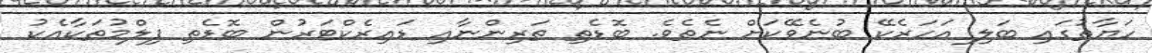
ހަޔާތުގައި ބަލި އަހަރެކޭ ބުނެވޭކަށް ނެތެވެ. ބޮޑެތި ތަރިންނާއި ޑައިރެކްޓަރުން ބޮޑެތި ފިލްމުތަކާއެކު